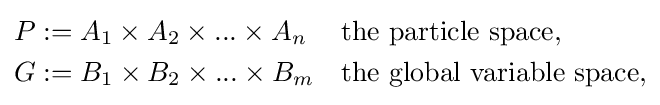
{\begin{aligned}&P:=A_{1}\times A_{2}\times ...\times A_{n}&&{\text{the particle space,}}\\&G:=B_{1}\times B_{2}\times ...\times B_{m}&&{\text{the global variable space,}}\end{aligned}}